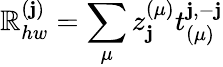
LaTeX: \mathbb{R}_{hw}^{(\mathbf{j})}=\sum_{\mu}z_{\mathbf{j}}^{(\mu)}t_{(\mu)}^{\mathbf{j},-\mathbf{j}}